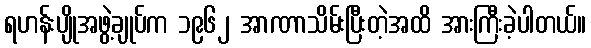
ရဟန်းပျိုအဖွဲ့ချုပ်က ၁၉၆၂ အာဏာသိမ်းပြီးတဲ့အထိ အားကြီးခဲ့ပါတယ်။